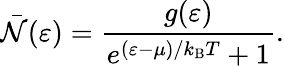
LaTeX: {\bar{\mathcal{N}}}(\varepsilon)={\frac{g(\varepsilon)}{e^{(\varepsilon-\mu)/k_{\mathrm{{B}}}T}+1}}.